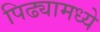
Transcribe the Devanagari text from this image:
पिढ्यामध्ये